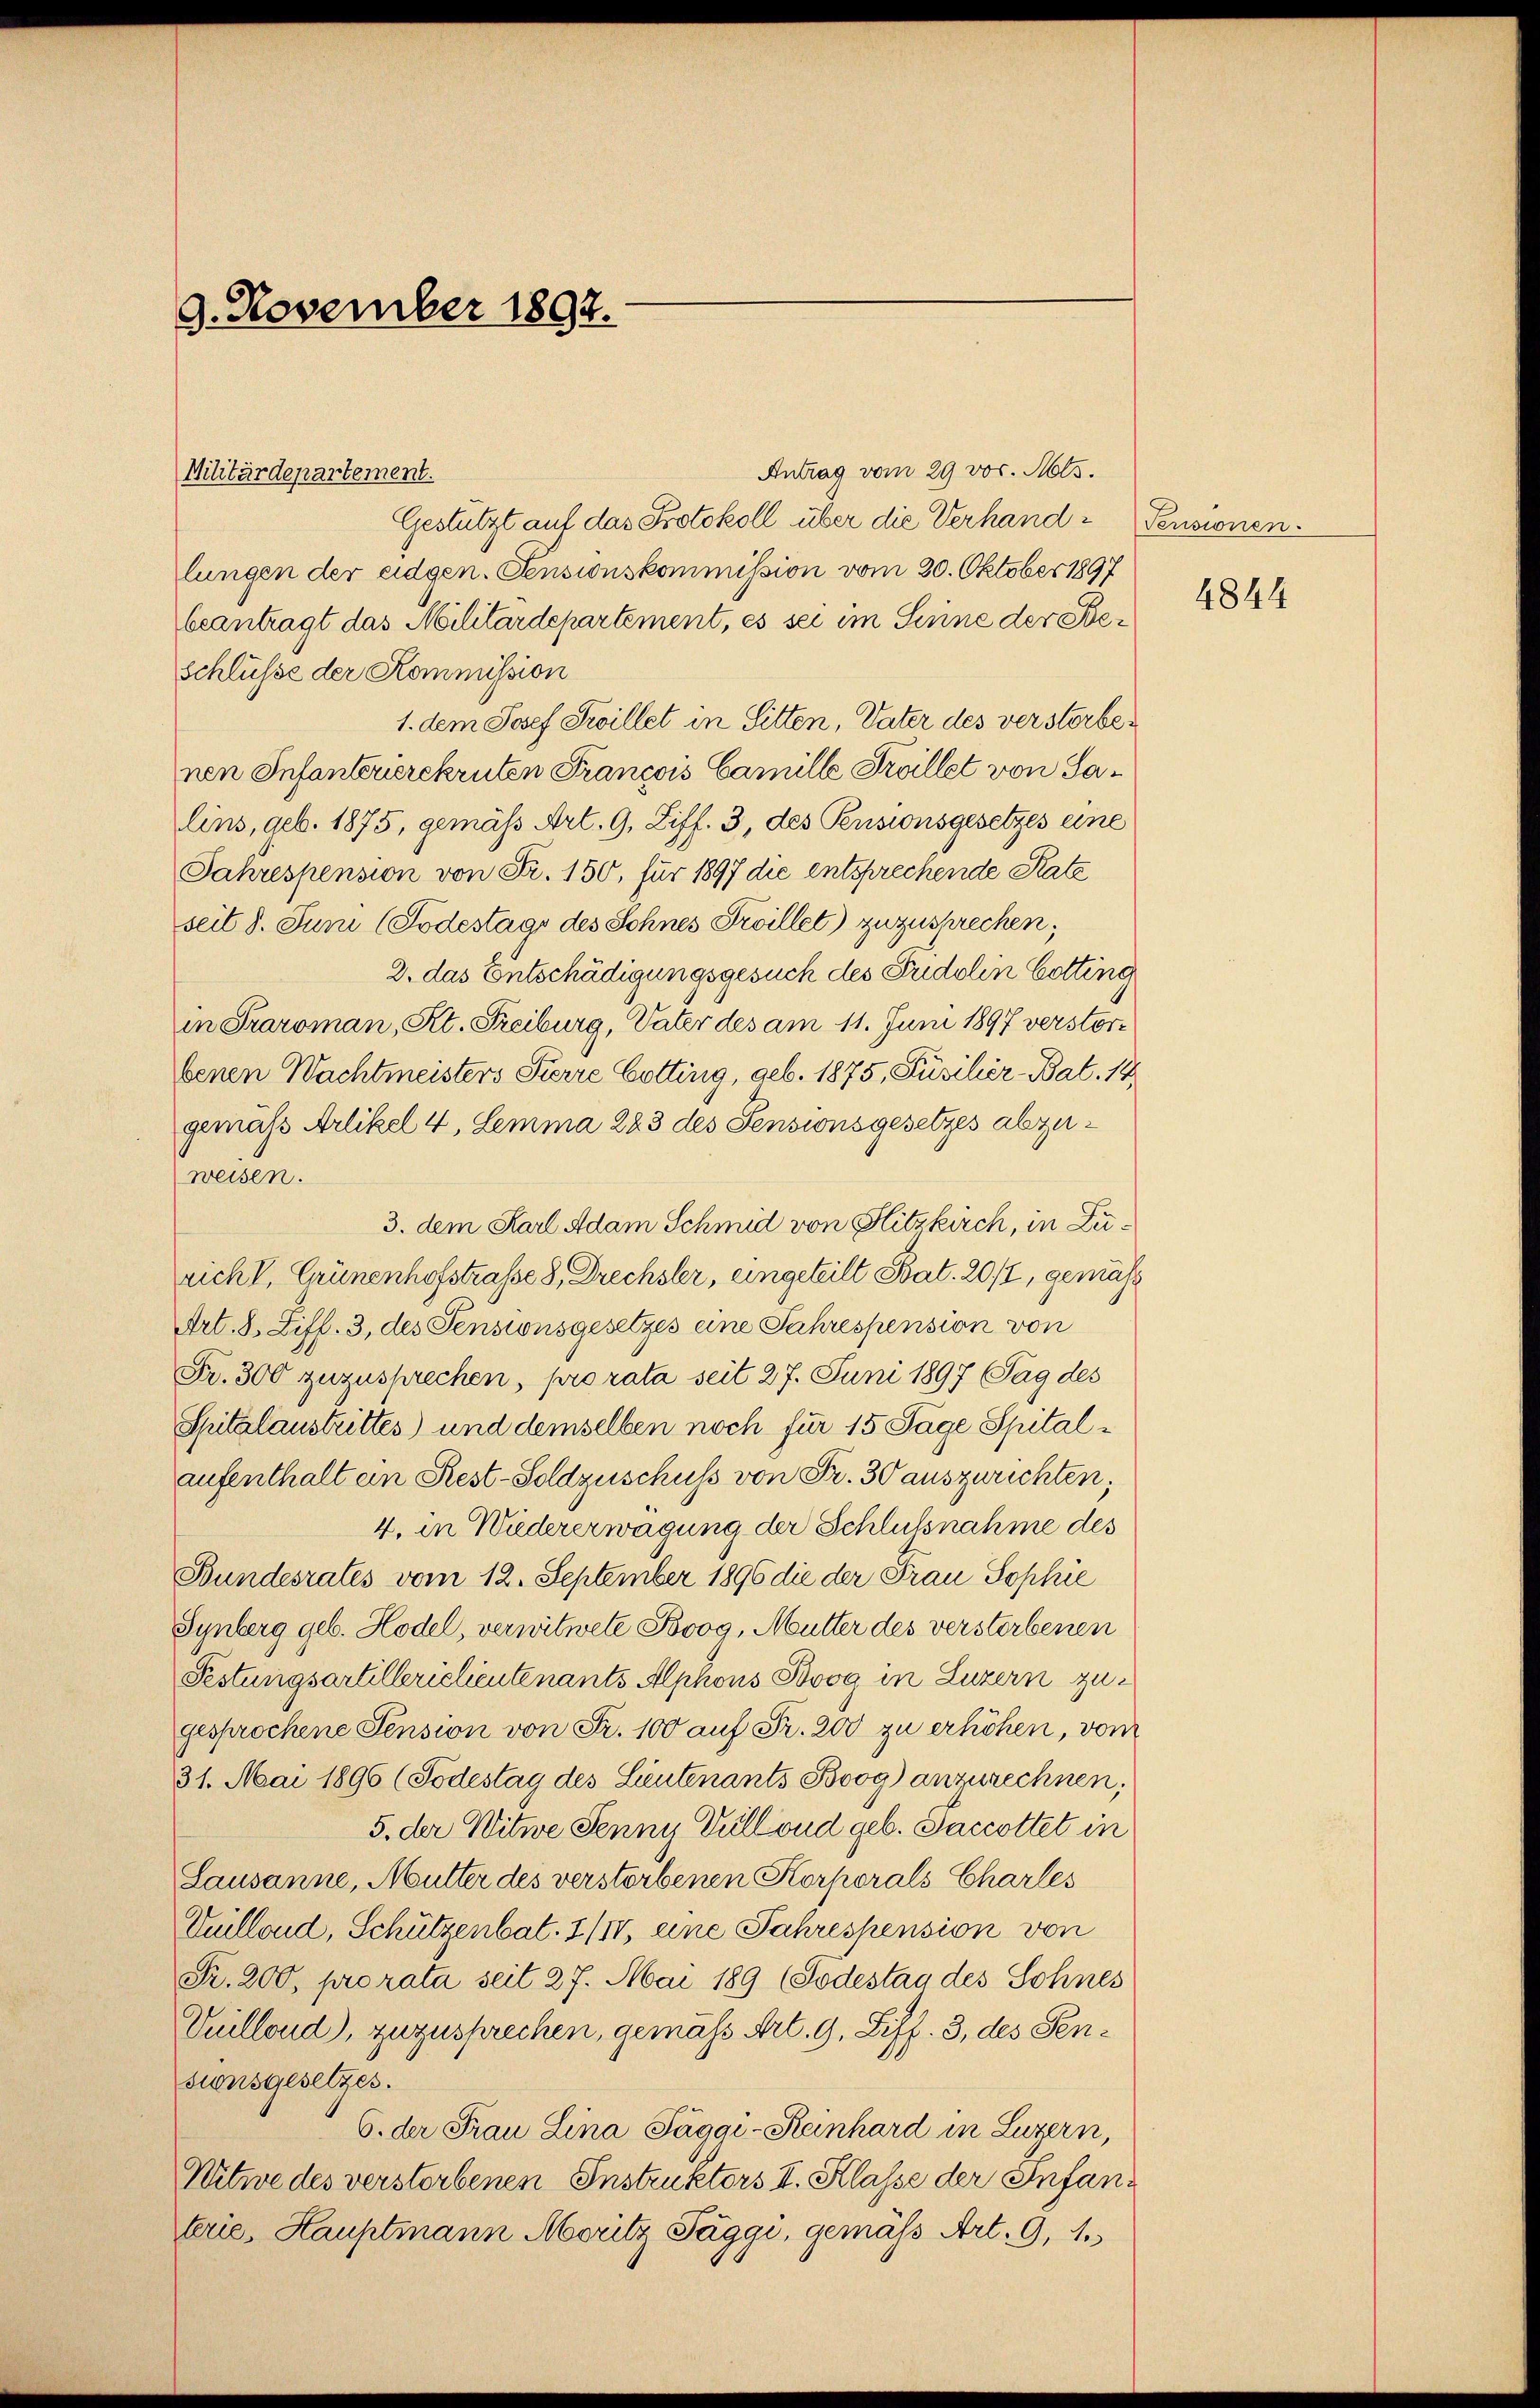
9. November 1897.

Antrag vom 29 vor. Mts.
Gestützt auf das Protokoll über die Verhandlungen der eidgen. Pensionskommission vom 20. Oktober 1897
beantragt das Militärdepartement, es sei im Sinne der Beschlüsse der Kommission
1. dem Josef Freillet in Sitten, Vater des versterbenen Infanterierekruten Francois Camille Freillet von Salins, geb. 1875, gemäß Art. 9, Ziff. 3, des Pensionsgesetzes eine
Jahrespension von Fr. 150, für 1897 die entsprechende Rate
seit 8. Juni (Todestags des Schnes Freillet) zuzusprechen,
2. das Entschädigungsgesuch des Fridolin Cotting
in Praroman, St. Freiburg, Vater des am 11. Juni 1897 verstorbenen Wachtmeisters Pierre Cotting, geb. 1875, Füsilier-Bat. 19
gemäss Artikel 4, Lemma 283 des Pensionsgesetzes abzuweisen.
3. dem Karl Adam Schmid von Hitzkirch, in Zurich, Grünenhofstraße 8, Drechsler, eingeteilt Bat. 202, gemäss
Art. 8. Ziff. 3, des Pensionsgesetzes eine Jahrespension von
Fr. 300 zuzusprechen, pro rata seit 27. Juni 1897 Tag des
Spitalaustrittes) und demselben noch für 15 Tage Spitalaufenthalt ein Rest-Soldzuschuss von Fr. 30 auszurichten;
4. in Wiedererwägung der Schlußnahme des
Bundesrates vom 12. September 1896 die der Frau Sophie
Synberg geb. Hodel, verwitwete Boog, Mutter des versterbenen
Festungsartillerielieutenants Alphons Bevog in Luzern zugesprochene Pension von Fr. 100 auf Fr. 200 zu erhöhen, vom
31. Mai 1896 (Todestag des Leutenants Boog) anzurechnen;
5. der Witwe Jenny Gull vnd geb. Jacottet in
Lausanne, Mutter des verstorbenen Korporals Charles
Vullond, Schützenbat. 1/IV, eine Jahrespension von
Fr. 200, prorata seit 27. Mai 189 (Todestag des Sohnes
Vuillond), zuzusprechen, gemäss Art. 9. Ziff. 3, des Sensionsgesetzes.
6. der Frau Lina Säggi-Reinhard in Luzern,
Witwe des verstorbenen Instruktors II. Klasse der Infankrie, Hauptmann Moritz Paggi, gemäss Art. 9, 1

Militärdepartement.

Perisionen.

4844